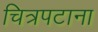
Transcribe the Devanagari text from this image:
चित्रपटाना